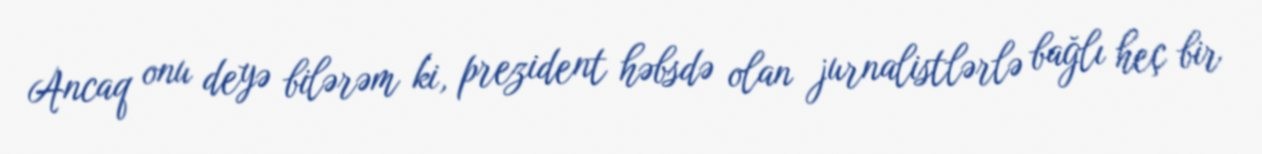
Ancaq onu deyə bilərəm ki, prezident həbsdə olan jurnalistlərlə bağlı heç bir